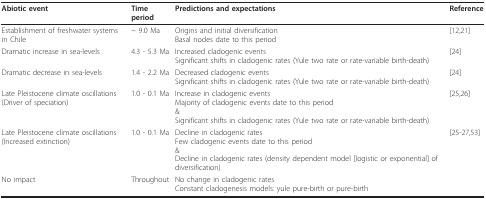
| Abiotic event | Time period | Predictions and expectations | Reference |
 | --- | --- | --- | --- |
 | Establishment of freshwater systems in Chile | ~ 9.0 Ma | Origins and initial diversificationBasal nodes date to this period | [12,21] |
 | Dramatic increase in sea-levels | 4.3 - 5.3 Ma | Increased cladogenic eventsSignificant shifts in cladogenic rates (Yule two rate or rate-variable birth-death) | [24] |
 | Dramatic decrease in sea-levels | 1.4 - 2.2 Ma | Decreased cladogenic eventsSignificant shifts in cladogenic rates (Yule two rate or rate-variable birth-death) | [24] |
 | Late Pleistocene climate oscillations(Driver of speciation) | 1.0 - 0.1 Ma | Increase in cladogenic eventsMajority of cladogenic events date to this period&Significant shifts in cladogenic rates (Yule two rate or rate-variable birth-death) | [25,26] |
 | Late Pleistocene climate oscillations(Increased extinction) | 1.0 - 0.1 Ma | Decline in cladogenic ratesFew cladogenic events date to this period&Decline in cladogenic rates (density dependent model [logistic or exponential] of diversification) | [25-27,53] |
 | No impact | Throughout | No change in cladogenic ratesConstant cladogenesis models: yule pure-birth or pure-birth |  |